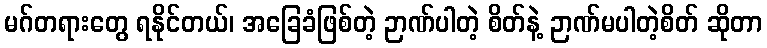
မဂ်တရားတွေ ရနိုင်တယ်၊ အခြေခံဖြစ်တဲ့ ဉာဏ်ပါတဲ့ စိတ်နဲ့ ဉာဏ်မပါတဲ့စိတ် ဆိုတာ